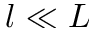
l \ll L